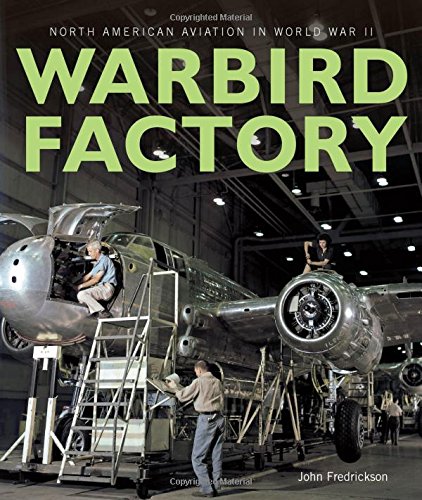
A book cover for Warbird Factory: North American Aviation in World War II; John M. Fredrickson; Engineering & Transportation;